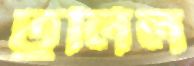
ঢুলিল